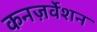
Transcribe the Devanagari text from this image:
कनज़र्वेशन